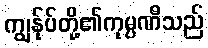
ကျွန်ုပ်တို့၏ကုမ္ပဏီသည်